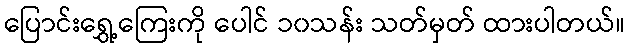
ပြောင်းရွှေ့ကြေးကို ပေါင် ၁၀သန်း သတ်မှတ် ထားပါတယ်။